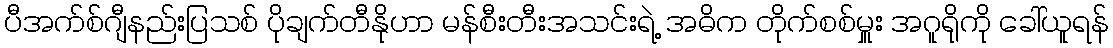
ပီအက်စ်ဂျီနည်းပြသစ် ပိုချက်တီနိုဟာ မန်စီးတီးအသင်းရဲ့ အဓိက တိုက်စစ်မှူး အဂူရိုကို ခေါ်ယူရန်